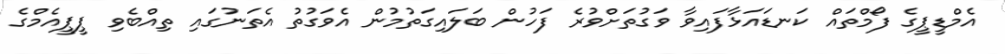
އެމްޑީޕީގެ ފޯމްތައް ކަނޑައަޅާފައިވާ ވަގުތަށްވުރެ ފަހުން ބަލައިގަތުމުން އެވަގުތު އެތަނުގައި ތިއްބެވި ޕީޕީއެމްގެ